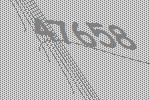
47658